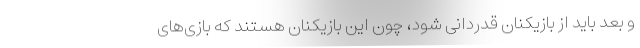
و بعد باید از بازیکنان قدردانی شود، چون این بازیکنان هستند که بازی‌های